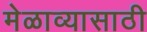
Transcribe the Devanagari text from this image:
मेळाव्यासाठी